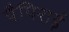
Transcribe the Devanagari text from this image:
पैपिराई